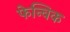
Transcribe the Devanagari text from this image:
फेन्विक